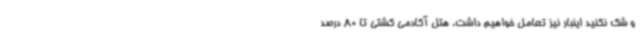
و شک نکنید اینبار نیز تعامل خواهیم داشت. هتل آکادمی کشتی تا 80 درصد